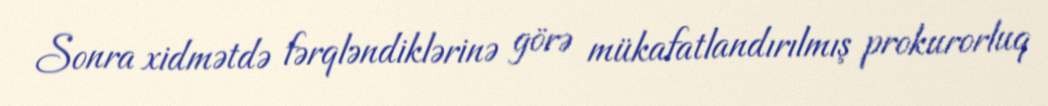
Sonra xidmətdə fərqləndiklərinə görə mükafatlandırılmış prokurorluq